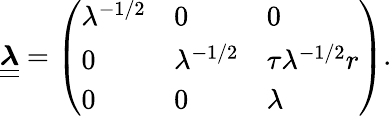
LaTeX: \boldsymbol{\underline{{\underline{{\lambda}}}}}=\left(\begin{array}{lll}{\lambda^{-1/2}}&{0}&{0}\\ {0}&{\lambda^{-1/2}}&{\tau\lambda^{-1/2}r}\\ {0}&{0}&{\lambda}\end{array}\right).